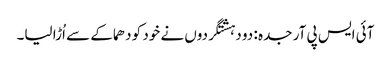
آئی ایس پی آر جدہ : دو دہشتگردوں نے خود کو دھماکے سے اُڑا لیا۔